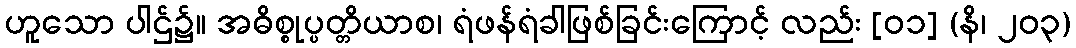
ဟူသော ပါဌ်၌။ အဓိစ္စုပ္ပတ္တိယာစ၊ ရံဖန်ရံခါဖြစ်ခြင်းကြောင့် လည်း [၀၁] (နိ၊ ၂၀၃)